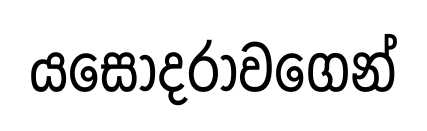
යසෝදරාවගෙන්